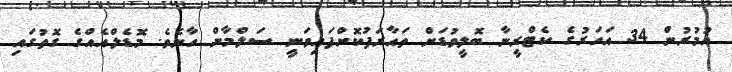
އުމުރުން 34 އަހަރުގެ ކެޓްރީނާ ބޮލީވުޑަށް ތައާރަފުކޮށްފައިވަނީ ސަލްމާން ހާނެވެ. މޮޑެލްއެއްގެ ގޮތުގައި